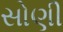
સોણી